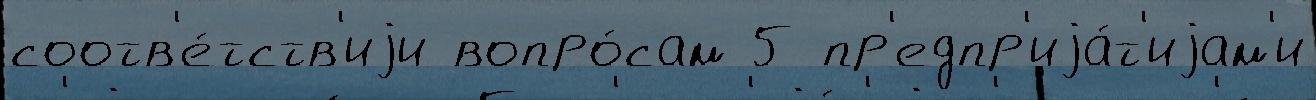
соотв'е́тств'иjи вопро́сам 5 пр'едпр'иjа́т'иjам'и